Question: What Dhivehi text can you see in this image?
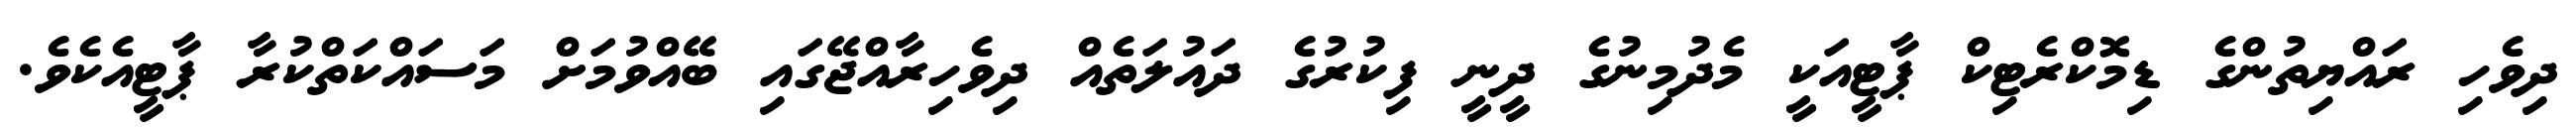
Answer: ދިވެހި ރައްޔިތުންގެ ޑިމޮކްރެޓިކް ޕާޓީއަކީ މެދުމިނުގެ ދީނީ ފިކުރުގެ ދައުލަތެއް ދިވެހިރާއްޖޭގައި ބޭއްވުމަށް މަސައްކަތްކުރާ ޕާޓީއެކެވެ.